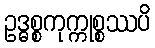
ဥဒ္ဓစ္စကုက္ကုစ္စဿပိ